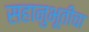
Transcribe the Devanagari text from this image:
सहानुभूतीचा